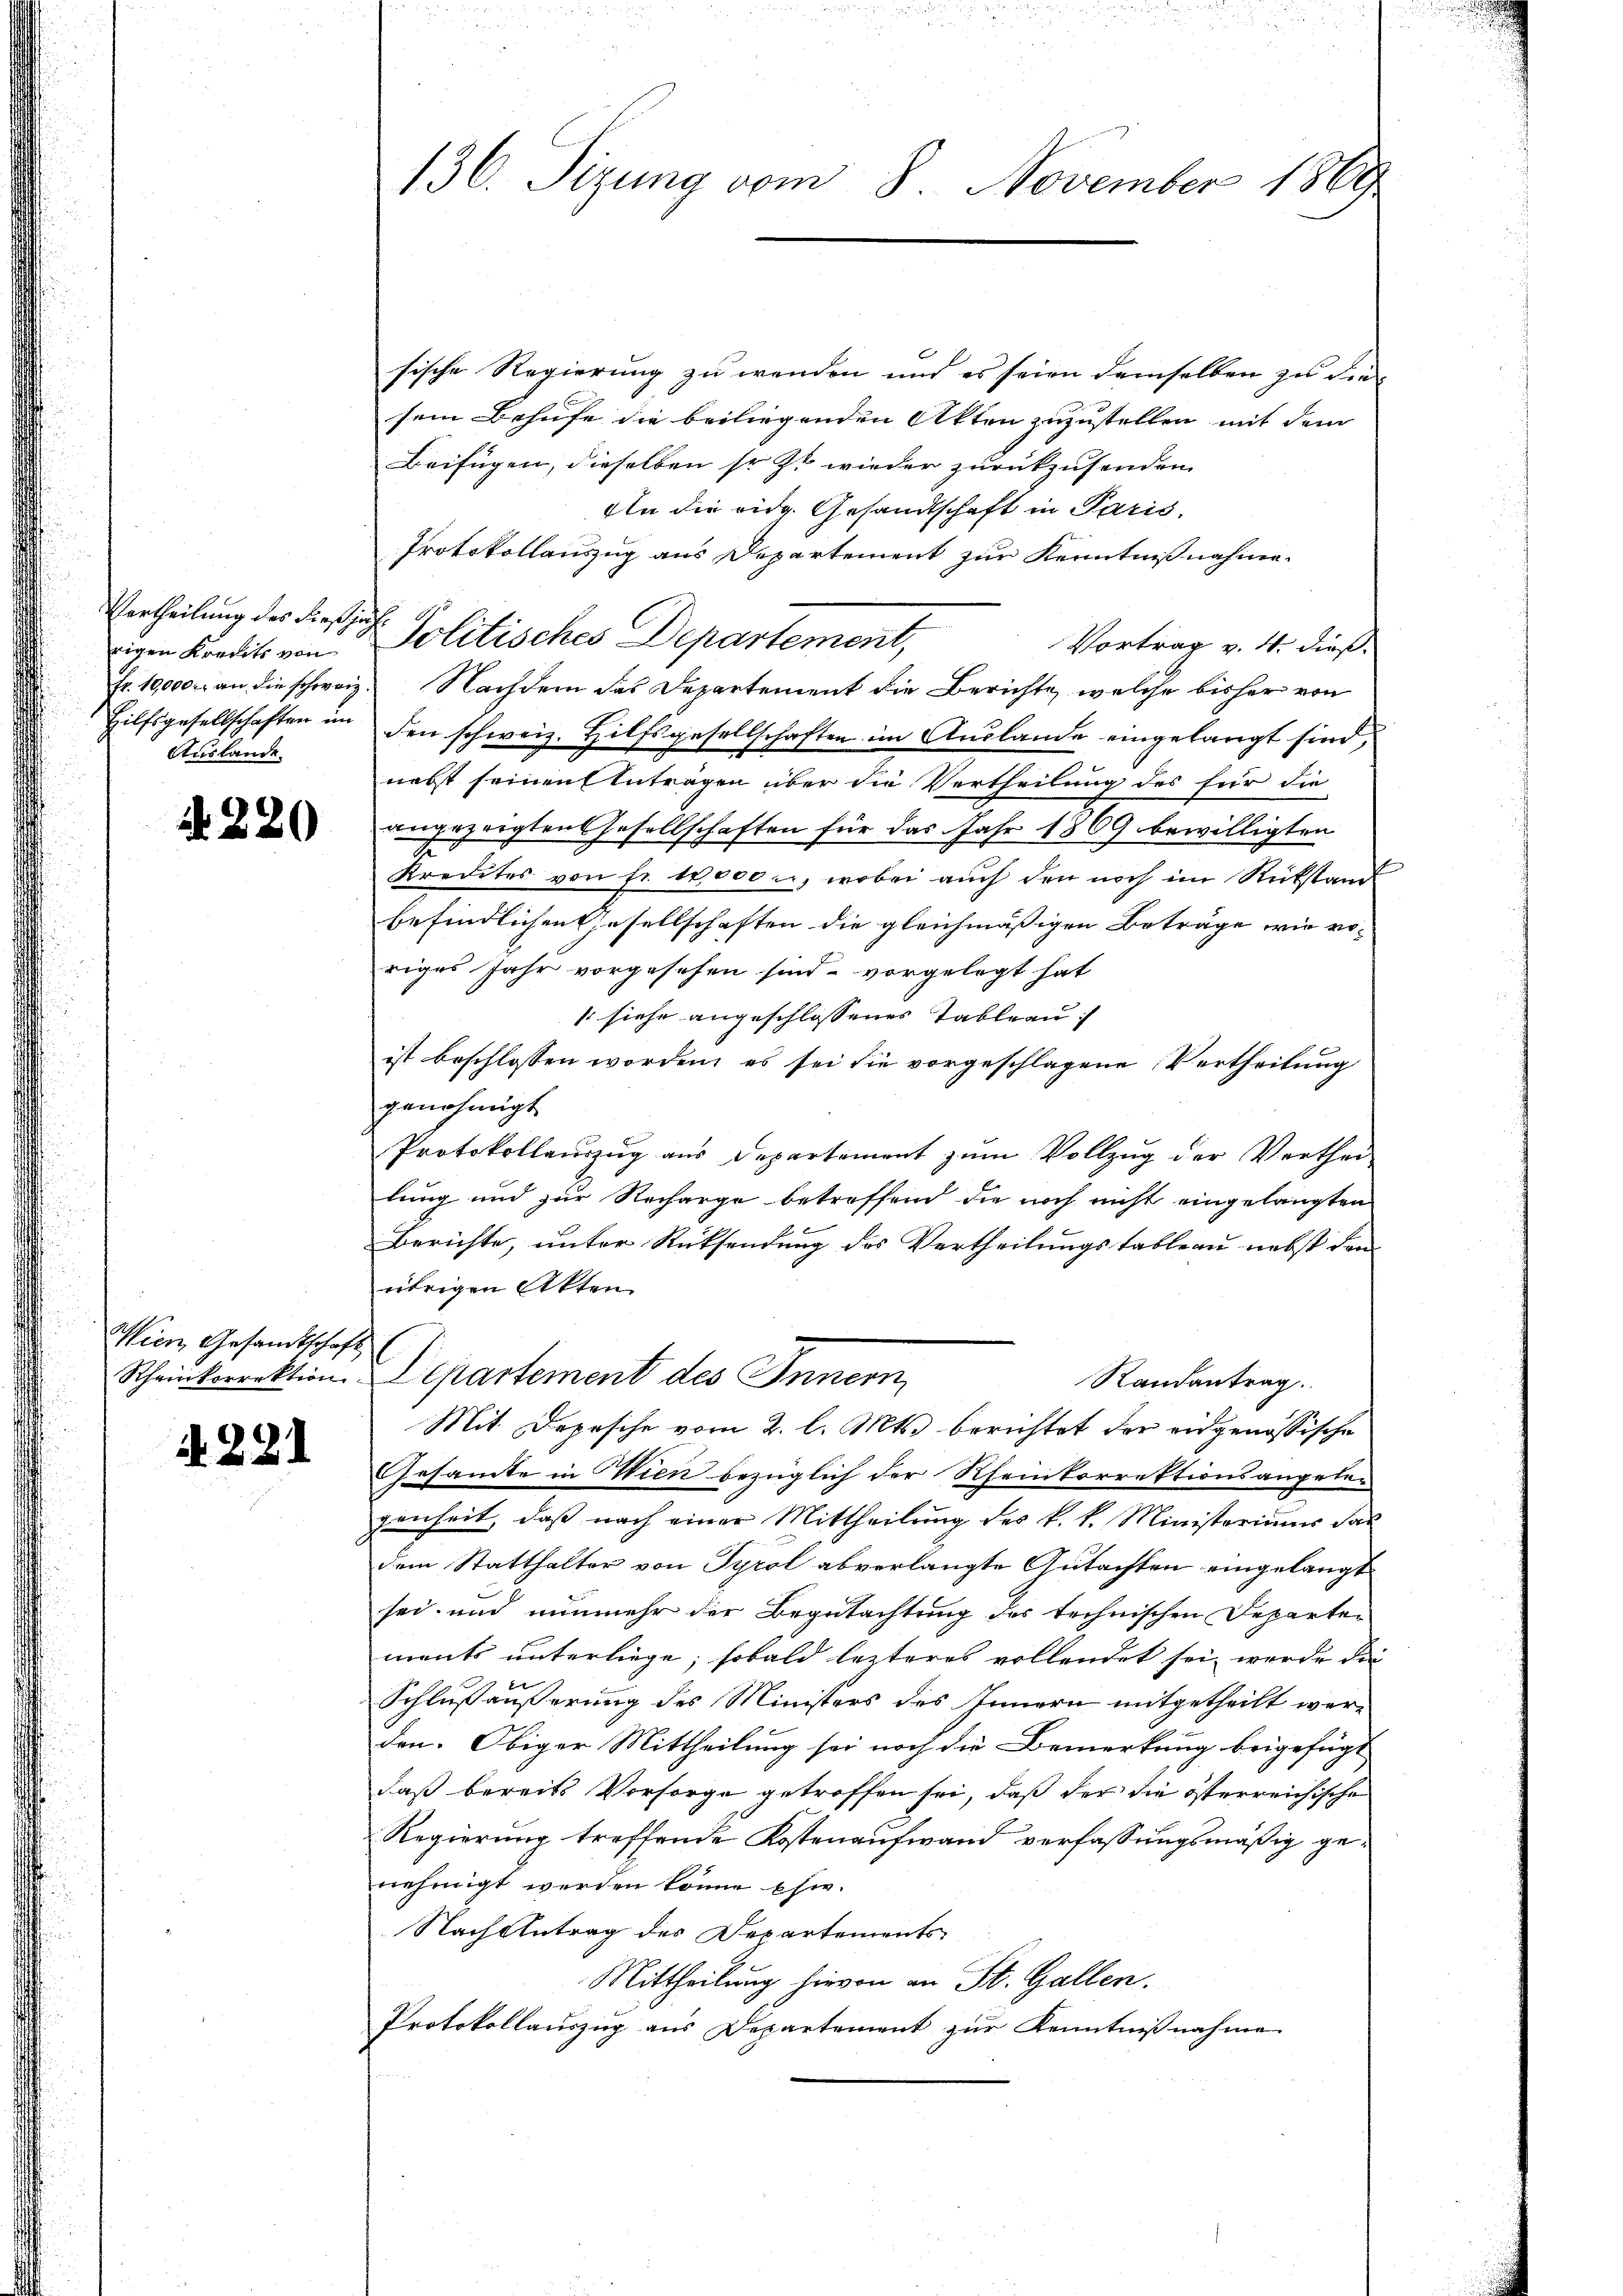
Vertheilung des dießjährigen Kreits von
Fr. 19,000. an die schweiz.
Hilfsgesellschaften im
Auslande.

N 220

Gesandtschaft
korrektion

A. 221

136. Sizung vom 8. November 1869

sische Regierung zu wenden und es seien demselben zu die
sein Behufe die beiliegenden Akten zuzustellen mit dem
Beifügen, dieselben so zt wieder zurückzusenden.
An die eidg. Gesandtschaft in Paris,
Protokollauszug aus Departement zur Kenntnißnahme.
Solitisches Departement,
Vortrag v. 4. dieß.
Nachdem das Departement die Berichte, welche bisher von
den schweiz. Hilfsgesellschaften im Auslande eingelangt sind,
nebst seinen Antragen über die Vertheilung des für die
angezeigten Gesellschaften für das Jahr 1869 bewilligten
Kredites von fr. 12,000 u, wobei auch den noch im Rückstand
befindlichen Gesellschaften die gleichmäßigen Beträge wie voriges Jahr vorgesehen sind, vorgelegt hat
 siehe angeschlossenes Tableau |
ist beschlossen worden, es sei die vorgeschlagene Vertheilung
genehmigt
Protokollauszug aus Departement zum Vollzug der Verthei-
lung und zur Nacharge betreffend die noch nicht eingelangten
Berichte, unter Rücksendung des Vertheilungstableau nebst den
übrigen Akten
Departement des Innern,
Randantrag.
Mit Depesche vom 2. l. Mts. berichtet der eidgenössische
Gesamte in Wien bezüglich der Rheinkorrektionsangele-
genheit, daß nach einer Mittheilung des k. k. Ministeriums das
dem Statthalter von Tyrol abverlangte Gutachten eingelangt
sei, und nunmehr der Begutachtung des technischen Departen
ments unterliege; sobald lezteres vollendet sei, wurde die
Schluß äußerung des Ministers des Innern mitgetheilt werden. Obiger Mittheilung sei noch die Bemerkung beigefügt
daß bereits Vorsorge getroffen sei, daß der die österreichische
Regierung treffende Kostenaufwand verfassungsmäßig genehmigt werden könne phi-
Nach Antrag des Departements
Mittheilung hievon an St. Gallen.
Protokollauszug aus Departement zur Kenntnißnahme